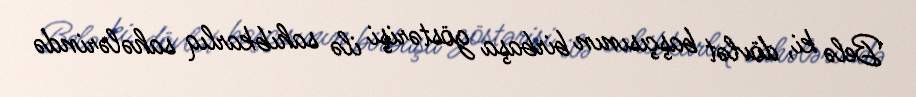
Belə ki, dövlət başçısının birbaşa göstərişi ilə sahibkarlıq sahələrində